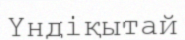
Үндіқытай